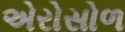
એરોસોળ